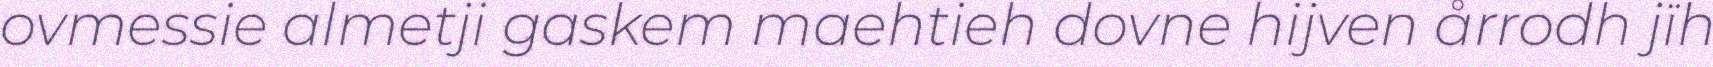
ovmessie almetji gaskem maehtieh dovne hijven årrodh jïh